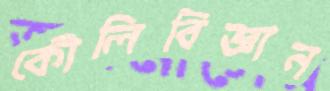
কৌলিবিজ্ঞান